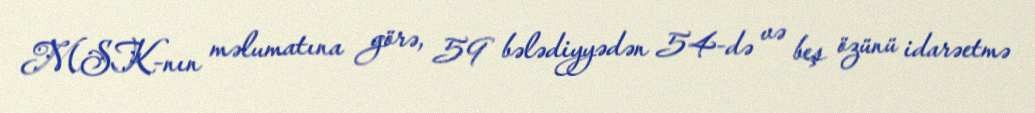
MSK-nın məlumatına görə, 59 bələdiyyədən 54-də və beş özünü idarəetmə